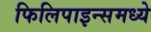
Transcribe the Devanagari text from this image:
फिलिपाइन्समध्ये